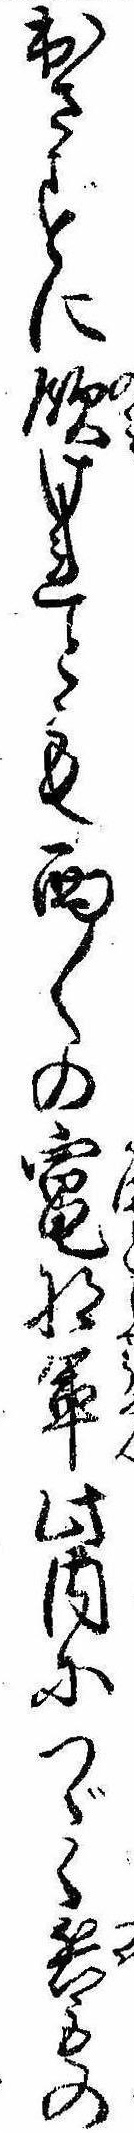
出さずに飲けれとも面〱の竃将軍此内につゞく兵もの